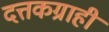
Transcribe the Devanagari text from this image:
दत्तकग्राही